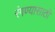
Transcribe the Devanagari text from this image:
रंगण्यासाठी